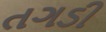
તગડી